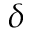
\delta